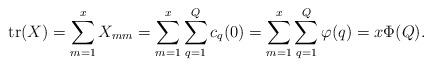
LaTeX: \begin{align*}\mathrm{tr} (X) =\sum_{m=1}^x X_{mm}=\sum_{m=1}^x \sum_{q=1}^Q c_q (0) =\sum_{m=1}^x \sum_{q=1}^Q \varphi(q) =x \Phi(Q).\end{align*}